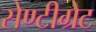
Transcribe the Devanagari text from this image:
सेण्टीग्रेट